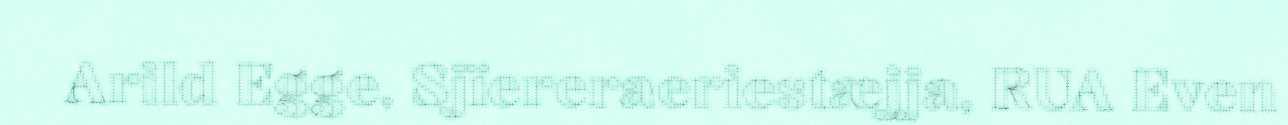
Arild Egge, Sjïereraeriestæjja, RUA Even